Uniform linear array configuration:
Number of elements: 48
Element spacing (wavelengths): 0.75
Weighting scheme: kaiser
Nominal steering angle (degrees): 15
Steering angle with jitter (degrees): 15.508
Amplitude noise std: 0.05
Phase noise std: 0.05

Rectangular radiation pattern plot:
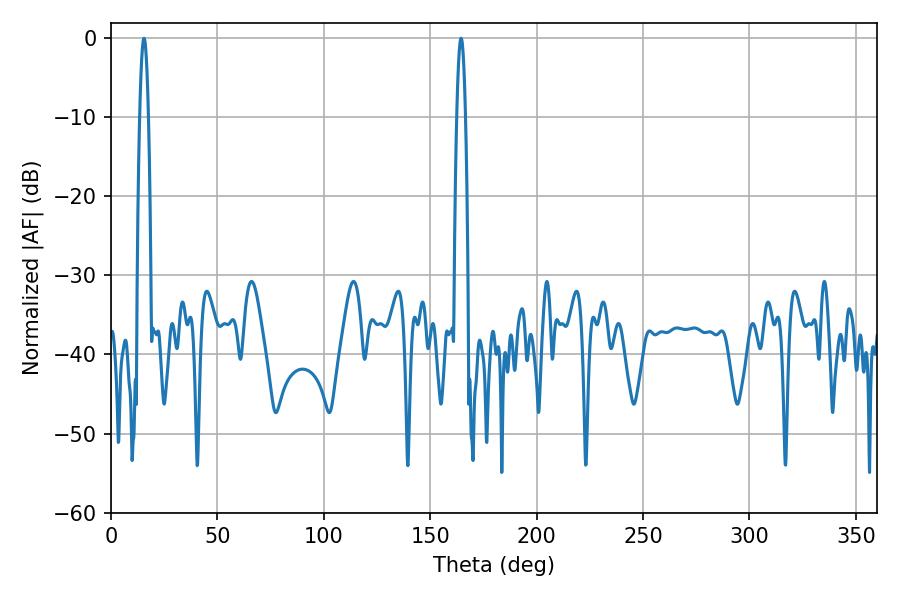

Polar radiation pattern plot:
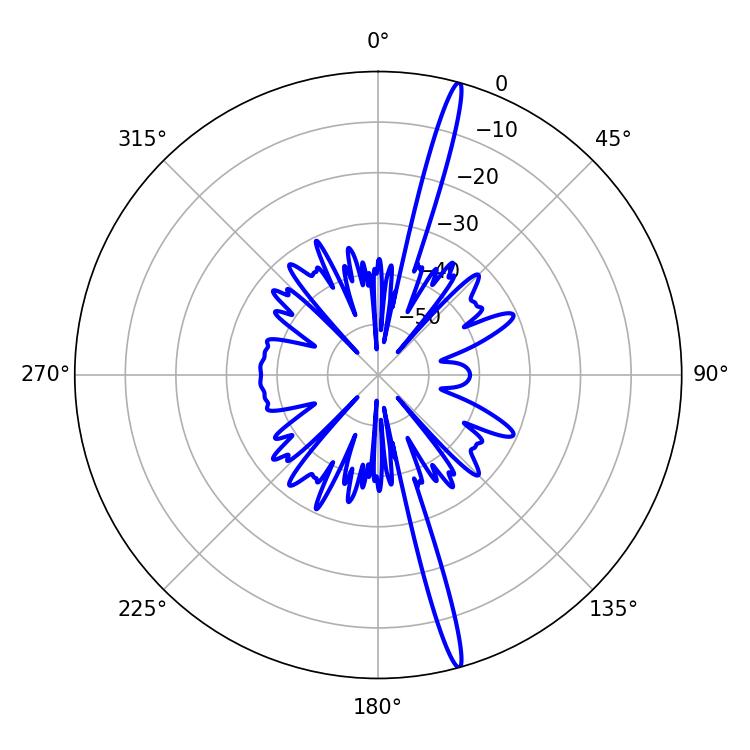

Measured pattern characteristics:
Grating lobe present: TRUE
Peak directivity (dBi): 19.381
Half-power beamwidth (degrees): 2.16
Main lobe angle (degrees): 15.48